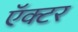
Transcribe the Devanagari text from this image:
ऍक्टर